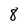
Character: 8